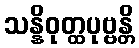
သန္နိဝုတ္ထပုဗ္ဗန္တိ